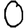
Digit: 0